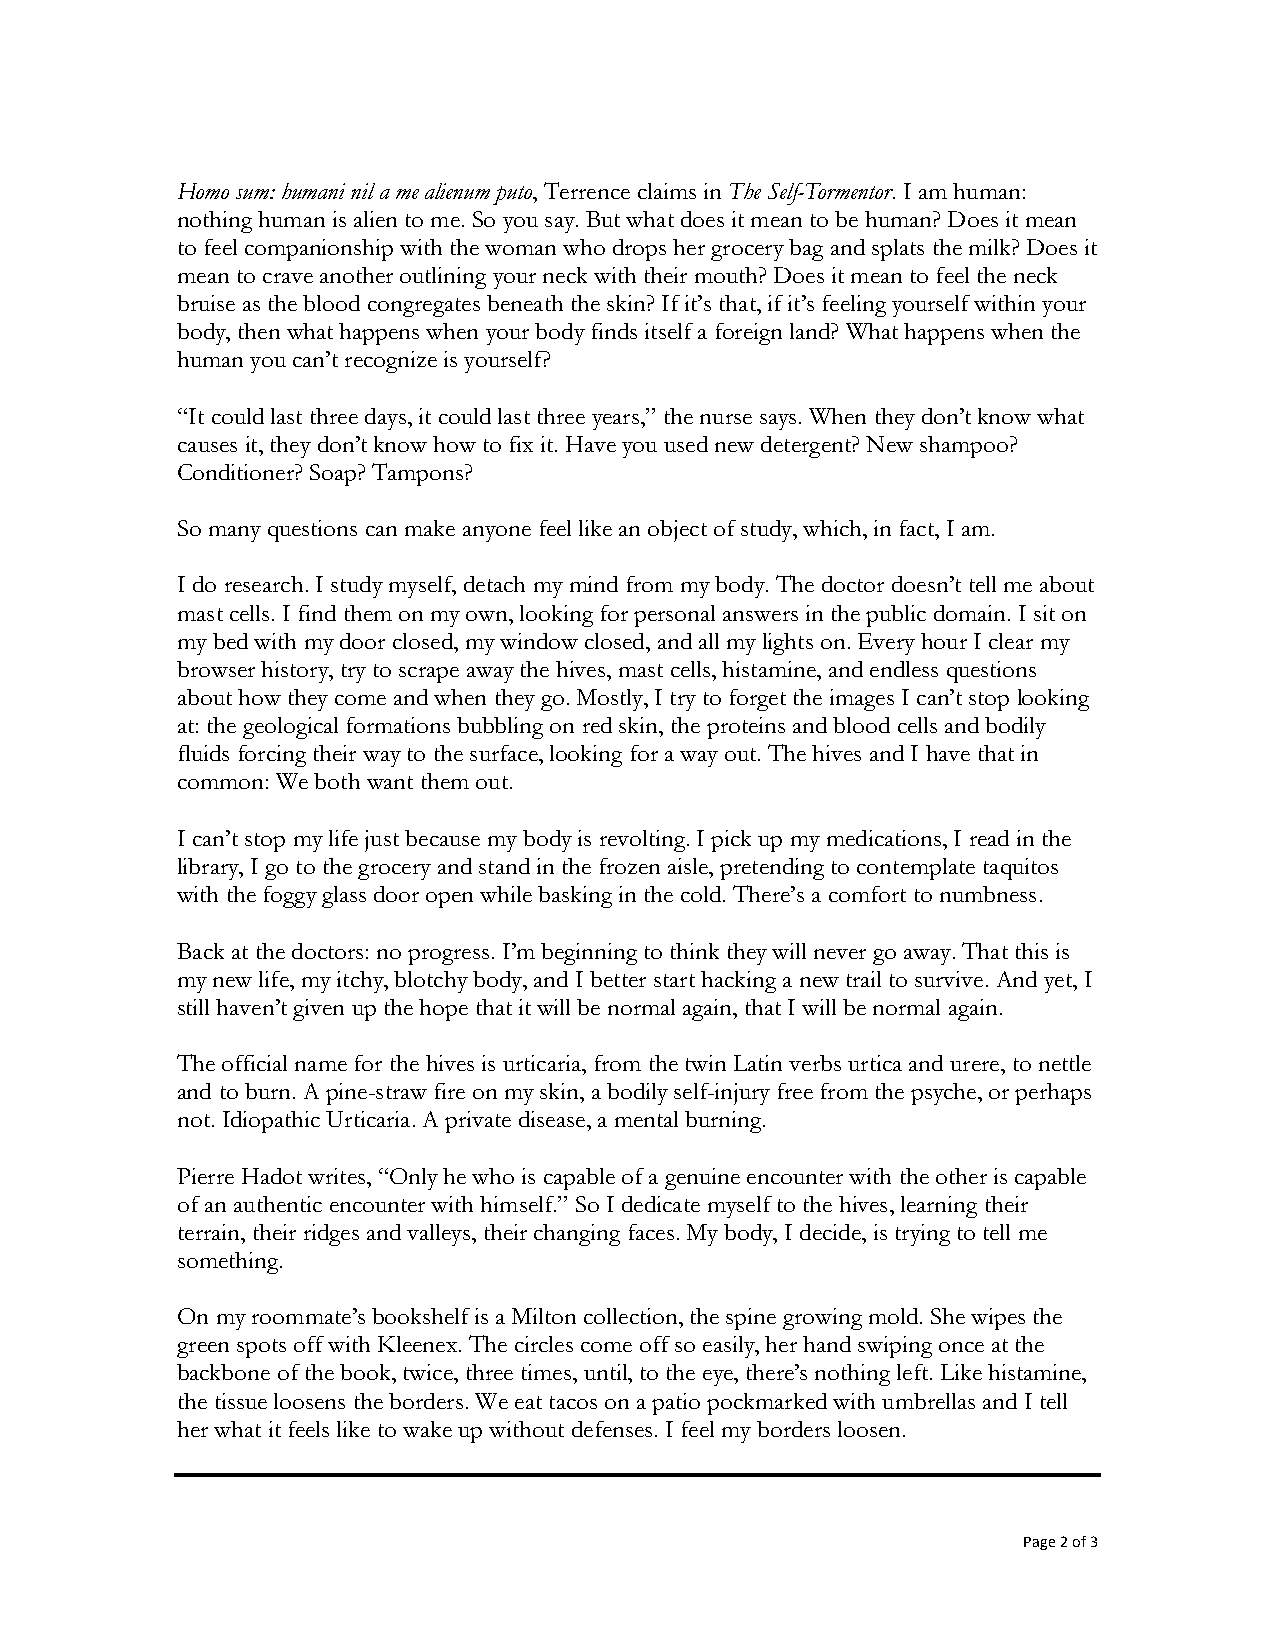
Homo sum: humani nil a me alienum puto, Terrence claims in The Self-Tormentor. I am human:
 nothing human is alien to me. So you say. But what does it mean to be human? Does it mean
 to feel companionship with the woman who drops her grocery bag and splats the milk? Does it
 mean to crave another outlining your neck with their mouth? Does it mean to feel the neck
 bruise as the blood congregates beneath the skin? If it’s that, if it’s feeling yourself within your
 body, then what happens when your body finds itself a foreign land? What happens when the
 human you can’t recognize is yourself?
 “It could last three days, it could last three years,” the nurse says. When they don’t know what
 causes it, they don’t know how to fix it. Have you used new detergent? New shampoo?
 Conditioner? Soap? Tampons?
 So many questions can make anyone feel like an object of study, which, in fact, I am.
 I do research. I study myself, detach my mind from my body. The doctor doesn’t tell me about
 mast cells. I find them on my own, looking for personal answers in the public domain. I sit on
 my bed with my door closed, my window closed, and all my lights on. Every hour I clear my
 browser history, try to scrape away the hives, mast cells, histamine, and endless questions
 about how they come and when they go. Mostly, I try to forget the images I can’t stop looking
 at: the geological formations bubbling on red skin, the proteins and blood cells and bodily
 fluids forcing their way to the surface, looking for a way out. The hives and I have that in
 common: We both want them out.
 I can’t stop my life just because my body is revolting. I pick up my medications, I read in the
 library, I go to the grocery and stand in the frozen aisle, pretending to contemplate taquitos
 with the foggy glass door open while basking in the cold. There’s a comfort to numbness.
 Back at the doctors: no progress. I’m beginning to think they will never go away. That this is
 my new life, my itchy, blotchy body, and I better start hacking a new trail to survive. And yet, I
 still haven’t given up the hope that it will be normal again, that I will be normal again.
 The official name for the hives is urticaria, from the twin Latin verbs urtica and urere, to nettle
 and to burn. A pine-straw fire on my skin, a bodily self-injury free from the psyche, or perhaps
 not. Idiopathic Urticaria. A private disease, a mental burning.
 Pierre Hadot writes, “Only he who is capable of a genuine encounter with the other is capable
 of an authentic encounter with himself.” So I dedicate myself to the hives, learning their
 terrain, their ridges and valleys, their changing faces. My body, I decide, is trying to tell me
 something.
 On my roommate’s bookshelf is a Milton collection, the spine growing mold. She wipes the
 green spots off with Kleenex. The circles come off so easily, her hand swiping once at the
 backbone of the book, twice, three times, until, to the eye, there’s nothing left. Like histamine,
 the tissue loosens the borders. We eat tacos on a patio pockmarked with umbrellas and I tell
 her what it feels like to wake up without defenses. I feel my borders loosen.
 Page 2 of 3